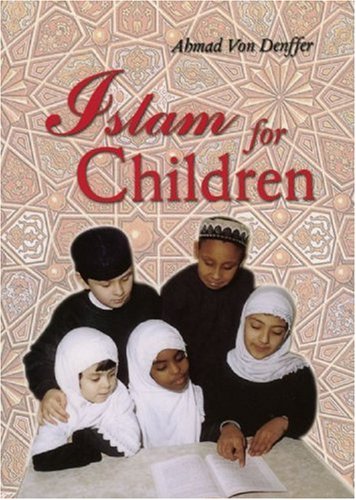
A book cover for Islam for Children (Muslim Children's Library); Ahmad Von Denffer; Children's Books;